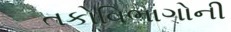
તકોવિભાગોની